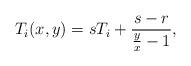
LaTeX: \begin{align*}T_i(x,y)=sT_i+\frac{s-r}{\frac{y}{x}-1},\end{align*}